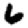
Digit: 6